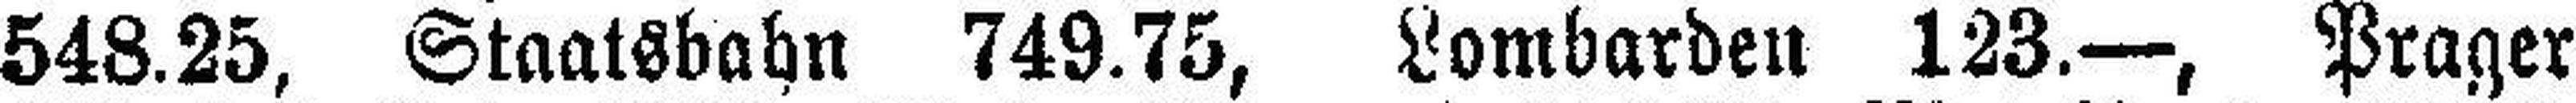
548.25, Staatsbahn 749.75, Lombarden 123.—, Prager